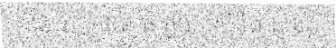
ដោយ អោយ មុំ មួយ ស្មើនឹង សូន្យ